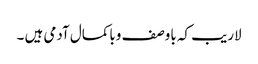
لاریب کہ باوصف وباکمال آدمی ہیں ۔